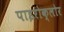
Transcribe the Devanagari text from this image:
पाइरोक्लोर